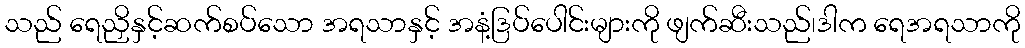
သည် ရေညှိနှင့်ဆက်စပ်သော အရသာနှင့် အနံ့ဒြပ်ပေါင်းများကို ဖျက်ဆီးသည်၊ဒါက ရေအရသာကို